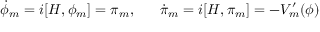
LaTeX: \dot { \phi } _ { m } = i [ H , \phi _ { m } ] = \pi _ { m } , \; \; \; \; \; \; \dot { \pi } _ { m } = i [ H , \pi _ { m } ] = - V _ { m } ^ { \prime } ( \phi )